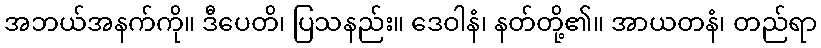
အဘယ်အနက်ကို။ ဒီပေတိ၊ ပြသနည်း။ ဒေဝါနံ၊ နတ်တို့၏။ အာယတနံ၊ တည်ရာ